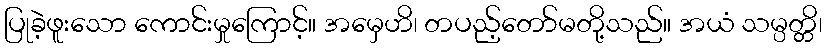
ပြုခဲ့ဖူးသော ကောင်းမှုကြောင့်။ အမှေဟိ၊ တပည့်တော်မတို့သည်။ အယံ သမ္ပတ္တိ၊